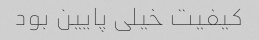
کیفیت خیلی پایین بود